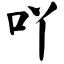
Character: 吖